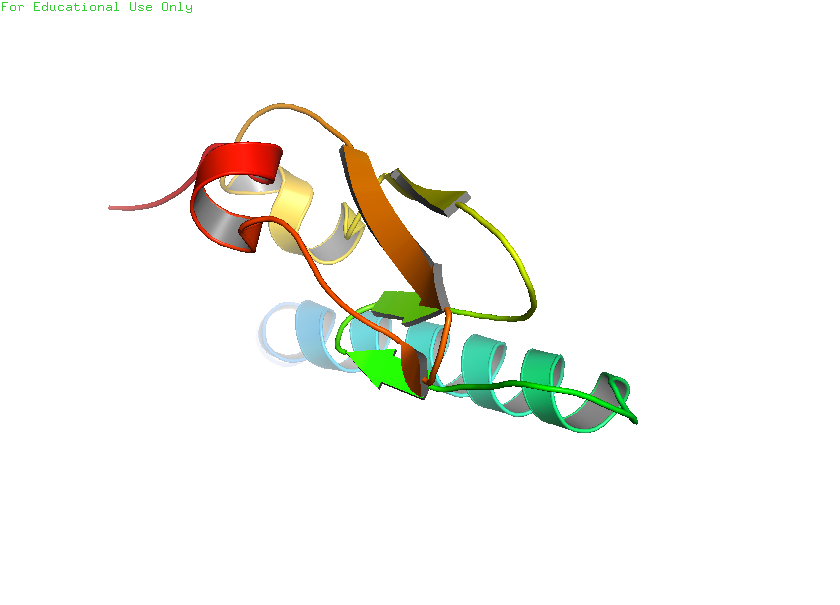
pymol, preset, publication